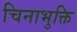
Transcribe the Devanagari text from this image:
चिनाभुक्ति